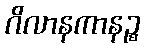
ဂိလာနကာနဉ္စ